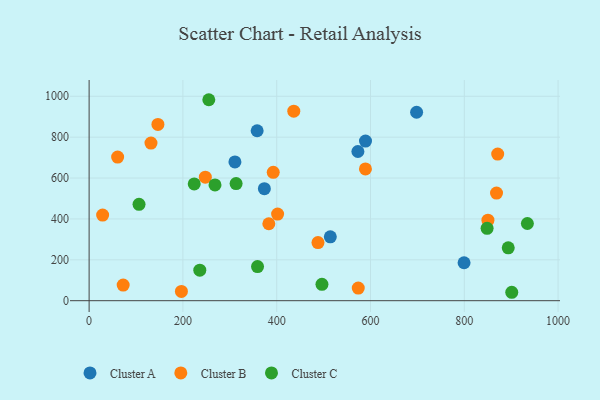
{"axis": {"x": "Experience", "y": "Fuel Efficiency"}, "legend": ["Cluster A", "Cluster B", "Cluster C"], "data": [{"x": "514.3", "y": 312.4, "type": "Cluster A"}, {"x": "358.3", "y": 831.4, "type": "Cluster A"}, {"x": "310.9", "y": 678.7, "type": "Cluster A"}, {"x": "589.3", "y": 781.0, "type": "Cluster A"}, {"x": "573.1", "y": 729.9, "type": "Cluster A"}, {"x": "698.3", "y": 921.9, "type": "Cluster A"}, {"x": "373.7", "y": 548.2, "type": "Cluster A"}, {"x": "799.5", "y": 185.6, "type": "Cluster A"}, {"x": "401.9", "y": 423.5, "type": "Cluster B"}, {"x": "131.9", "y": 771.1, "type": "Cluster B"}, {"x": "196.8", "y": 45.2, "type": "Cluster B"}, {"x": "60.8", "y": 702.5, "type": "Cluster B"}, {"x": "72.6", "y": 76.5, "type": "Cluster B"}, {"x": "146.7", "y": 862.5, "type": "Cluster B"}, {"x": "850.4", "y": 393.9, "type": "Cluster B"}, {"x": "488.0", "y": 284.3, "type": "Cluster B"}, {"x": "383.2", "y": 376.4, "type": "Cluster B"}, {"x": "589.2", "y": 644.5, "type": "Cluster B"}, {"x": "436.4", "y": 927.0, "type": "Cluster B"}, {"x": "573.9", "y": 61.8, "type": "Cluster B"}, {"x": "392.6", "y": 628.0, "type": "Cluster B"}, {"x": "247.8", "y": 604.1, "type": "Cluster B"}, {"x": "28.8", "y": 419.0, "type": "Cluster B"}, {"x": "871.2", "y": 717.3, "type": "Cluster B"}, {"x": "868.7", "y": 526.3, "type": "Cluster B"}, {"x": "496.5", "y": 80.3, "type": "Cluster C"}, {"x": "901.2", "y": 41.2, "type": "Cluster C"}, {"x": "848.6", "y": 354.0, "type": "Cluster C"}, {"x": "106.4", "y": 471.4, "type": "Cluster C"}, {"x": "313.4", "y": 572.9, "type": "Cluster C"}, {"x": "224.1", "y": 571.3, "type": "Cluster C"}, {"x": "268.4", "y": 566.1, "type": "Cluster C"}, {"x": "934.5", "y": 377.7, "type": "Cluster C"}, {"x": "255.2", "y": 983.1, "type": "Cluster C"}, {"x": "359.1", "y": 166.8, "type": "Cluster C"}, {"x": "236.0", "y": 149.1, "type": "Cluster C"}, {"x": "893.7", "y": 258.5, "type": "Cluster C"}]}